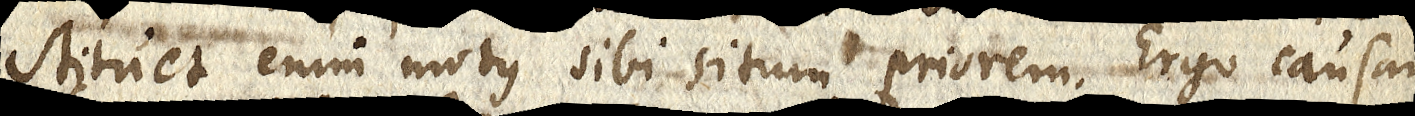
stituet enim motus sibi situm priorem. Ergo causam